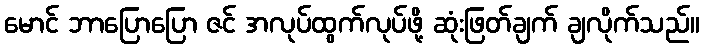
မောင် ဘာပြောပြော ဇင် အလုပ်ထွက်လုပ်ဖို့ ဆုံးဖြတ်ချက် ချလိုက်သည်။